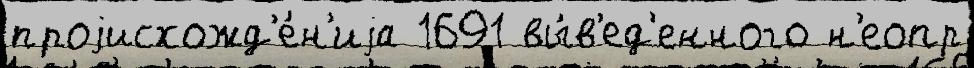
проjисхожд'е́н'иjа 1691 вы́в'ед'енного н'еопр